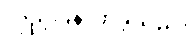
လှည့်ပြန်လာခဲ့သည်။